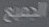
الجميع